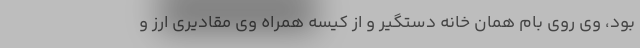
بود، وی روی بام همان خانه دستگیر و از کیسه همراه وی مقادیری ارز و